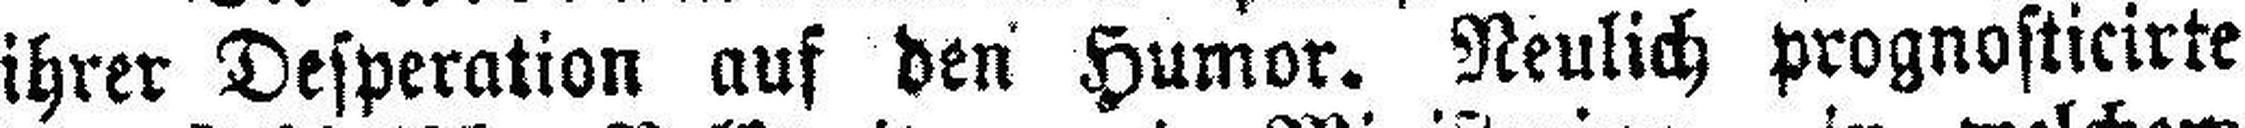
ihrer Desperation auf den Humor. Neulich prognosticirte